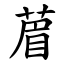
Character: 葿